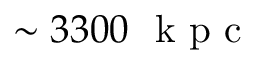
\sim 3 3 0 0 ~ \mathrm { ~ k ~ p ~ c ~ }